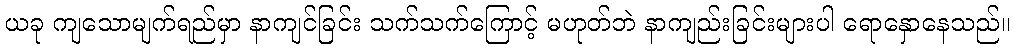
ယခု ကျသောမျက်ရည်မှာ နာကျင်ခြင်း သက်သက်ကြောင့် မဟုတ်ဘဲ နာကျည်းခြင်းများပါ ရောနှောနေသည်။